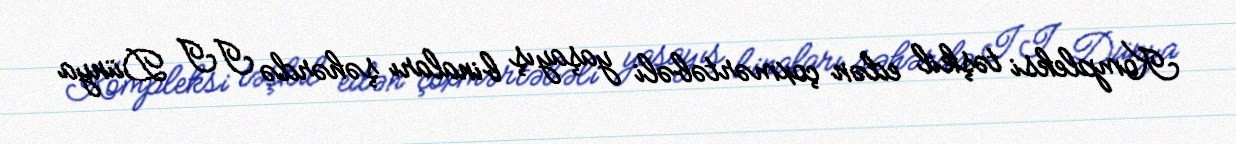
Kompleksi təşkil edən çoxmərtəbəli yaşayış binaları şəhərdə II Dünya